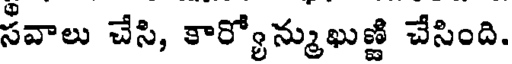
సవాలు చేసి, కార్యోన్ముఖుజ్జి చేసింది.